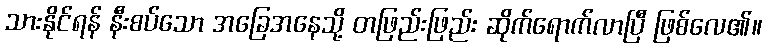
သားနိုင်ရန် နီးစပ်သော အခြေအနေသို့ တဖြည်းဖြည်း ဆိုက်ရောက်လာပြီ ဖြစ်လေ၏။